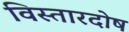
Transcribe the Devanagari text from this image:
विस्तारदोष